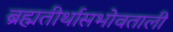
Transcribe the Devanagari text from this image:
ब्रह्मतीर्थासभोवताली